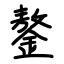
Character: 鏊